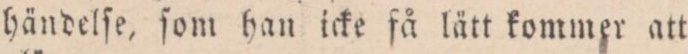
händelſe, ſom han icke få lätt kommer att